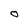
Character: O